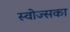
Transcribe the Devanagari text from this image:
स्वोज्सका